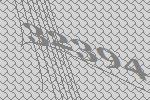
32394